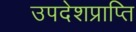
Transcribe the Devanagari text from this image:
उपदेशप्राप्ति